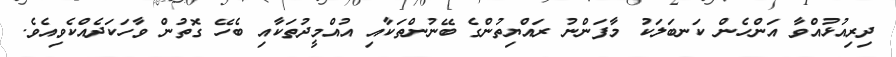
ދިރިއުޅުއްވާ އަންހެން ކަނބަލަކު މާފަންނު ރައްޔިތުންގެ ބޭނުންތަކާއި އުއްމީދުތަކާއި ބެހޭ ގޮތުން ވާހަކަދެއްކެވިއެވެ.